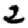
Digit: 2